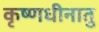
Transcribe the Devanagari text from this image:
कृष्णधीनातु